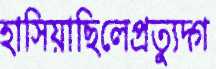
হাসিয়াছিলেপ্রত্যুদ্গ